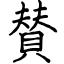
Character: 賛